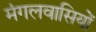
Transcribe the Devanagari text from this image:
मंगलवासियों